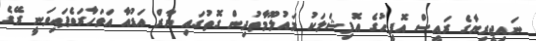
ނައިޖީރިޔާގެ ރައީސް އޮފީހުގެ އޮފިޝަލަކު މައުލޫމާތުދިން ގޮތުގައި ޔާރް އަޑުއާ އަވަހާރަވެފައިވަނީ ރޭގެ